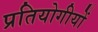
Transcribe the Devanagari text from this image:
प्रतियोगीयों